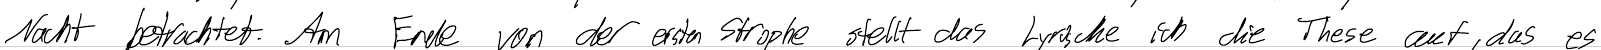
Nacht betrachtet. Am Ende von der ersten Strophe stellt das Lyrische ich die These auf, das es